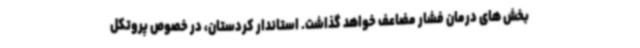
بخش های درمان فشار مضاعف خواهد گذاشت. استاندار کردستان، در خصوص پروتکل